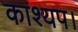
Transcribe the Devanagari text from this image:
काश्यप।